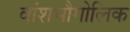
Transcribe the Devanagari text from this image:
वांशभौगोलिक